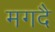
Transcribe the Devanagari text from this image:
मगदै